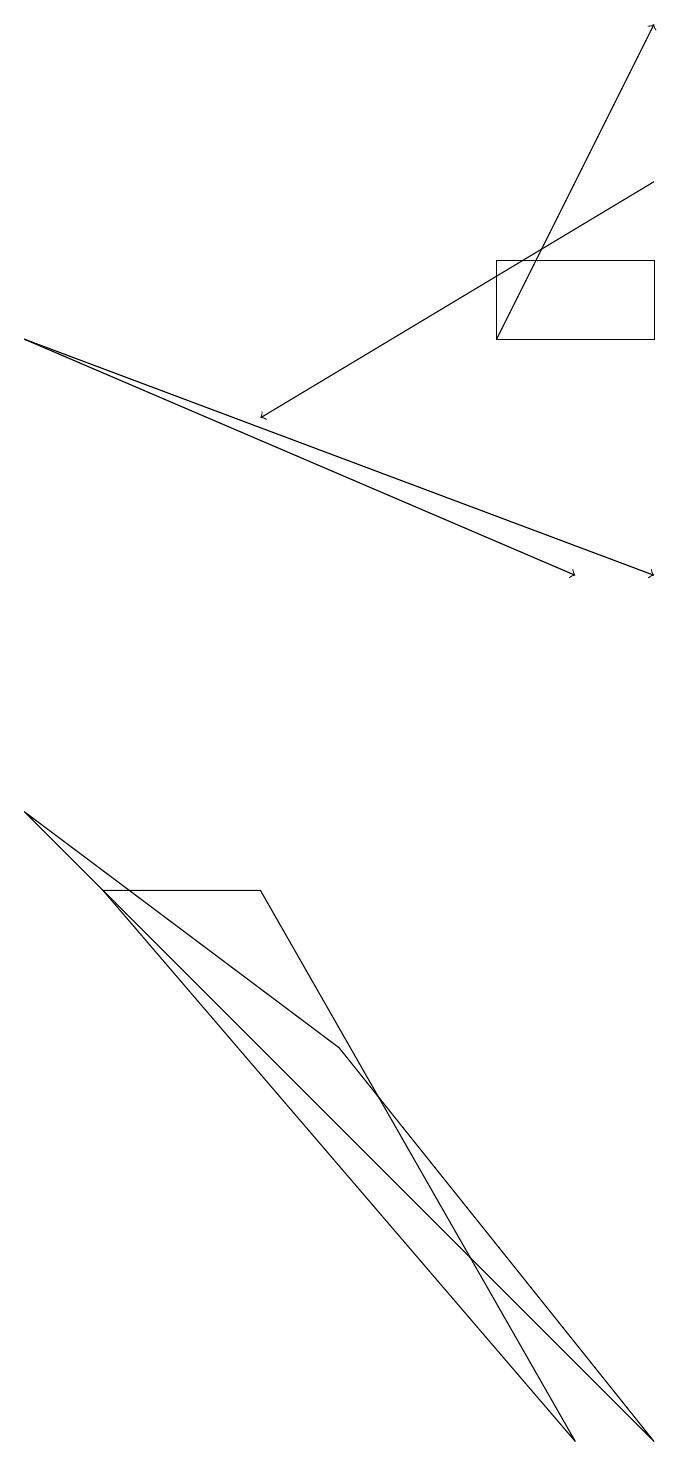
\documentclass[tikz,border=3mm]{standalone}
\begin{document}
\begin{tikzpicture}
\draw[->] (8,17) -- (3,14);
\draw (6,16) rectangle (8,15);
\draw (4,6) -- (8,1) -- (0,9) -- cycle;
\draw[->] (6,15) -- (8,19);
\draw[->] (0,15) -- (7,12);
\draw (1,8) -- (7,1) -- (3,8) -- cycle;
\draw[->] (0,15) -- (8,12);
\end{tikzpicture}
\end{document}